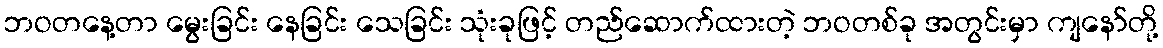
ဘဝတနေ့တာ မွေးခြင်း နေခြင်း သေခြင်း သုံးခုဖြင့် တည်ဆောက်ထားတဲ့ ဘဝတစ်ခု အတွင်းမှာ ကျနော်တို့